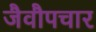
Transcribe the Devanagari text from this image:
जैवौपचार